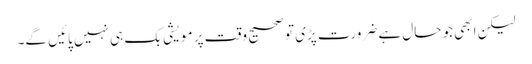
لیکن ابھی جو حال ہے ضرورت پڑی تو صحیح وقت پر مویشی بک ہی نہیں پائیں گے۔